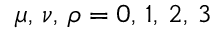
\mu , \, \nu , \, \rho = 0 , \, 1 , \, 2 , \, 3